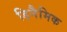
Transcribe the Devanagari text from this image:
डिनैमिक